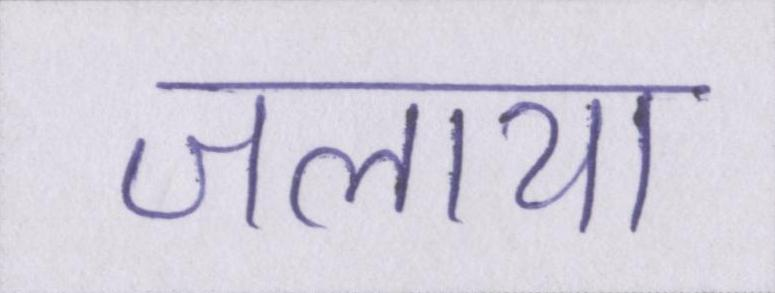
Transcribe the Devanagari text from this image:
जलाया